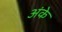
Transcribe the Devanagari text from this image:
अंके